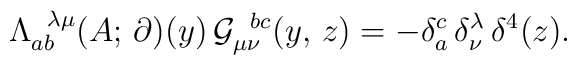
\Lambda^{\hskip2mm\lambda\mu}_{ab}(A;\,\partial)(y)\,{\cal G}_{\mu\nu}^{\hskip2mm bc}(y,\,z)=-\delta^c_a\,\delta^\lambda_\nu\,\delta^4(z).